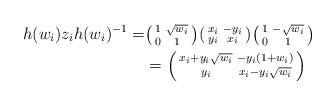
LaTeX: \begin{align*} \begin{aligned} h(w_i)z_ih(w_i)^{-1} =& \begin{psmallmatrix} 1 & \sqrt{w_i}\\ 0 & 1\end{psmallmatrix} \begin{psmallmatrix} x_i & -y_i\\ y_i & x_i\end{psmallmatrix} \begin{psmallmatrix} 1 & -\sqrt{w_i}\\ 0 & 1\end{psmallmatrix}\\&= \begin{psmallmatrix} x_i+y_i\sqrt{w_i} & -y_i(1+w_i)\\ y_i & x_i-y_i\sqrt{w_i}\end{psmallmatrix} \end{aligned} \end{align*}